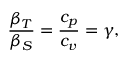
{ \frac { \beta _ { T } } { \beta _ { S } } } = { \frac { c _ { p } } { c _ { v } } } = \gamma ,